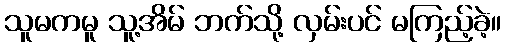
သူမကမူ သူ့အိမ် ဘက်သို့ လှမ်းပင် မကြည့်ခဲ့။